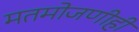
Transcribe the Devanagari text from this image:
मतमोजणीही